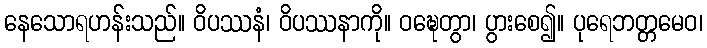
နေသောရဟန်းသည်။ ဝိပဿနံ၊ ဝိပဿနာကို။ ဝဍ္ဎေတွာ၊ ပွားစေ၍။ ပုရေဘတ္တမေဝ၊